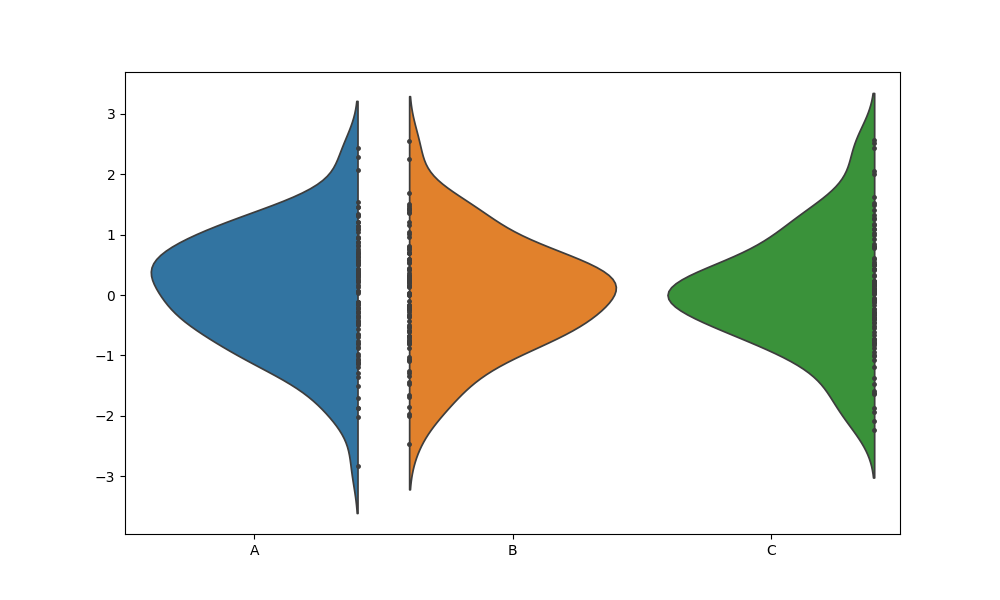
python, seaborn, violinplot, scale='count', split='True', inner='point', fill='True'